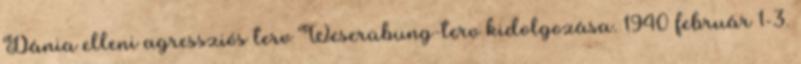
Dánia elleni agressziós terv Weserübung-terv kidolgozása. 1940 február 1-3.